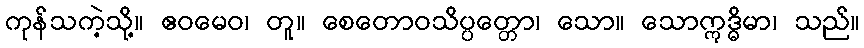
ကုန်သကဲ့သို့။ ဧဝမေဝ၊ တူ။ စေတောဝသိပ္ပတ္တော၊ သော။ သောဣဒ္ဓိမာ၊ သည်။